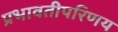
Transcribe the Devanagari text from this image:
प्रभावतीपरिणय